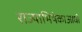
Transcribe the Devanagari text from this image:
राज्याभिषेकाआधी